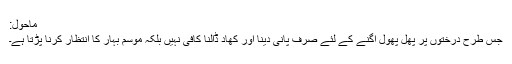
ماحول:
جس طرح درختوں پر پھل پھول اگنے کے لئے صرف پانی دینا اور کھاد ڈالنا کافی نہیں بلکہ موسم بہار کا انتظار کرنا پڑتا ہے۔